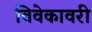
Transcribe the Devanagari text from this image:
विवेकावरी